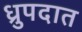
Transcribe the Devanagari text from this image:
ध्रुपदात